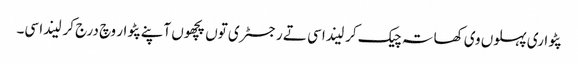
پٹواری پہلوں وی کھاتہ چیک کر لیندا سی تے رجسٹری توں پچھوں آپنے پٹوار وچ درج کر لیندا سی۔